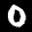
Label: 0